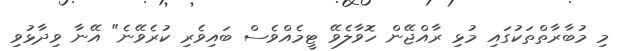
މި މުބާރާތްތަކުގައި މުޅި ރާއްޖޭން ހޮވާލެވޭ ޓީމެއްވެސް ބައިވެރި ކުރެވޭނެ" އޭނާ ވިދާޅުވި